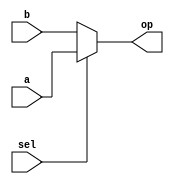
/*
ESTE EXEMPLO DESCREVE UM MULTIPLEXADOR 
PARAMETRIZVEL 
*/

module mux_2x1_p 
#(
 parameter N = 4
 )
(
	input [N-1:0] a, 
	input [N-1:0] b, 
	input sel,
	
	output reg [N-1:0] op
);

always @(a or b or sel) 
begin
  if (sel == 1'b1)
     op = a;
  else
    op = b;
end

endmodule